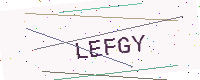
Text: LEFGY